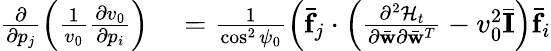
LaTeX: \begin{array}{rl}{\frac{\partial}{\partial p_{j}}\left(\frac{1}{v_{0}}\frac{\partial v_{0}}{\partial p_{i}}\right)}&{{}=\frac{1}{\cos^{2}\psi_{0}}\left(\bar{\mathbf f}_{j}\cdot\left(\frac{\partial^{2}{\cal H}_{t}}{\partial\bar{\mathbf w}\partial\bar{\mathbf w}^{T}}-v_{0}^{2}\bar{\mathbf I}\right)\bar{\mathbf f}_{i}\right.}\end{array}